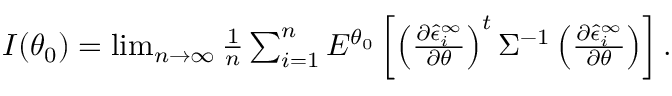
\begin{array} { r } { I ( \theta _ { 0 } ) = \operatorname* { l i m } _ { n \rightarrow \infty } \frac { 1 } { n } \sum _ { i = 1 } ^ { n } E ^ { \theta _ { 0 } } \left[ \left( \frac { \partial \hat { \epsilon } _ { i } ^ { \infty } } { \partial \theta } \right) ^ { t } \Sigma ^ { - 1 } \left( \frac { \partial \hat { \epsilon } _ { i } ^ { \infty } } { \partial \theta } \right) \right] . } \end{array}